Causation and prevention of malarial fevers: a statement of the results of researches drawn up for the use of assistant surgeons, hospital assistants and students
Disease focus: Malaria
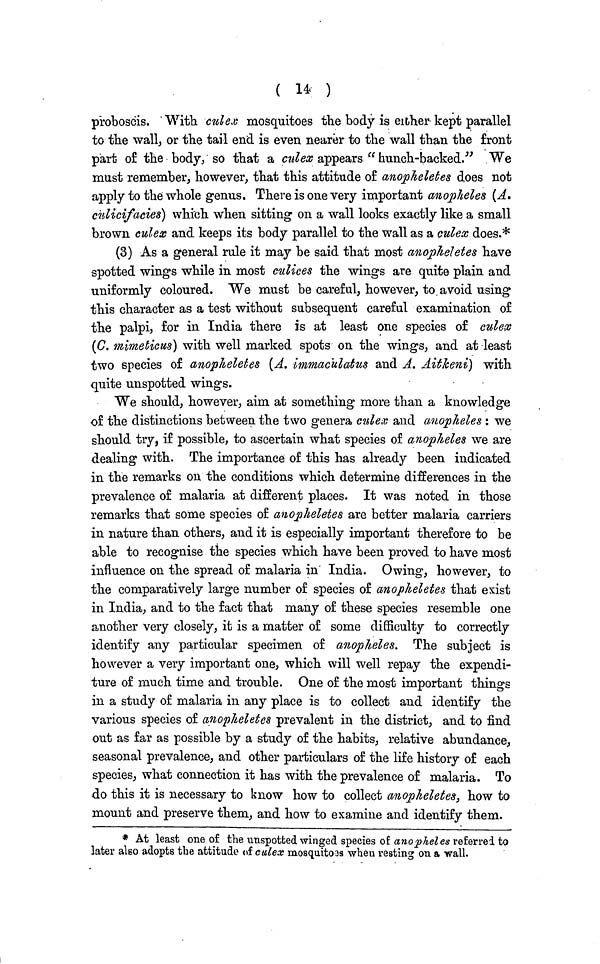
( 14 )
proboscis. With culex mosquitoes the body is either kept parallel
to the wall, or the tail end is even nearer to the wall than the front
part of the body, so that a culex appears " hunch-backed." We
must remember, however, that this attitude of anopheletes does not
apply to the whole genus. There is one very important anopheles (A.
culicifacies) which when sitting on a wall looks exactly like a small
brown culex and keeps its body parallel to the wall as a culex does.*
(3) As a general rule it may be said that most anopheletes have
spotted wings while in most culices the wings are quite plain and
uniformly coloured. We must be careful, however, to avoid using
this character as a test without subsequent careful examination of
the palpi, for in India there is at least one species of culex
(C. mimeticus) with well marked spots on the wings, and at least
two species of anopheletes (A. immaculatus and A. Aitkeni) with
quite unspotted wings.
We should, however, aim at something more than a knowledge
of the distinctions between the two genera culex and anopheles : we
should try, if possible, to ascertain what species of anopheles we are
dealing with. The importance of this has already been indicated
in the remarks on the conditions which determine differences in the
prevalence of malaria at different places. It was noted in those
remarks that some species of anopheletes are better malaria carriers
in nature than others, and it is especially important therefore to be
able to recognise the species which have been proved to have most
influence on the spread of malaria in India. Owing, however, to
the comparatively large number of species of anopheletes that exist
in India, and to the fact that many of these species resemble one
another very closely, it is a matter of some difficulty to correctly
identify any particular specimen of anopheles. The subject is
however a very important one, which will well repay the expendi-
ture of much time and trouble. One of the most important things
in a study of malaria in any place is to collect and identify the
various species of anopheletes prevalent in the district, and to find
out as far as possible by a study of the habits, relative abundance,
seasonal prevalence, and other particulars of the life history of each
species, what connection it has with the prevalence of malaria. To
do this it is necessary to know how to collect anopheletes, how to
mount and preserve them, and how to examine and identify them.
* At least one of the unspotted winged species of anopheles referred to
later also adopts the attitude of culex mosquitoas when resting on a wall.